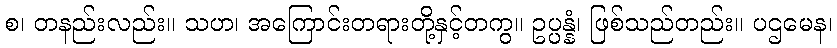
စ၊ တနည်းလည်း။ သဟ၊ အကြောင်းတရားတို့နှင့်တကွ။ ဥပ္ပန္နံ၊ ဖြစ်သည်တည်း။ ပဌမေန၊